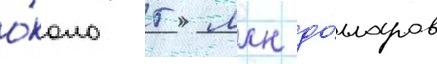
о́коло 5 млн до́лларов